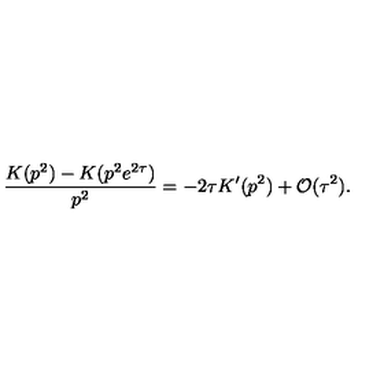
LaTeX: \frac { K ( p ^ { 2 } ) - K ( p ^ { 2 } e ^ { 2 \tau } ) } { p ^ { 2 } } = - 2 \tau K ^ { \prime } ( p ^ { 2 } ) + { \cal O } ( \tau ^ { 2 } ) .